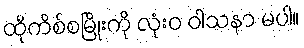
ထိုကိစ်စမြိုးကို လုံးဝ ဝါသနာ မပါ။